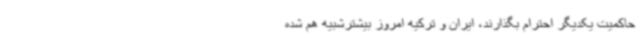
حاکمیت یکدیگر احترام بگذارند، ایران و ترکیه امروز بیشترشبیه هم شده